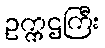
ဥက္ကဌကြီး